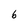
Character: 6